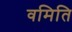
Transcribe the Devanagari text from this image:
वमिति